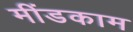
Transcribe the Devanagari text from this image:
मींडकाम